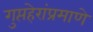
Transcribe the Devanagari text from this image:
गुप्तहेरांप्रमाणे